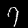
Digit: 7